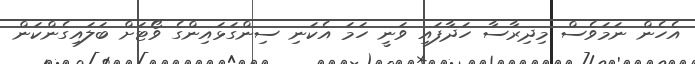
އެހެން ނަމަވެސް މިދިރާސާ ހަދާފައި ވަނީ ހަމަ އެކަނި ސިންގަޅައިންގެ ވޯޓަށް ބަލައިގެންކަން